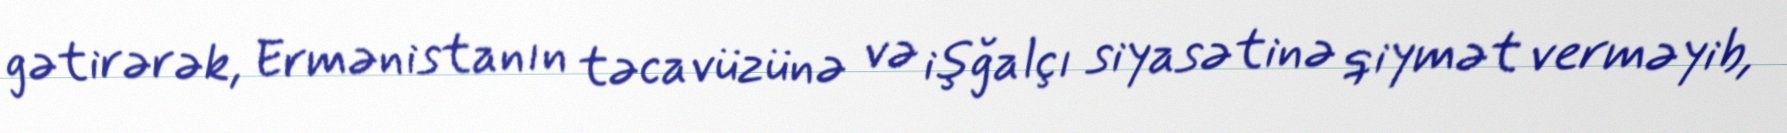
gətirərək, Ermənistanın təcavüzünə və işğalçı siyasətinə qiymət verməyib,